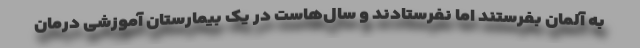
به آلمان بفرستند اما نفرستادند و سال‌هاست در یک بیمارستان آموزشی درمان